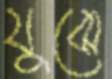
যুঝে